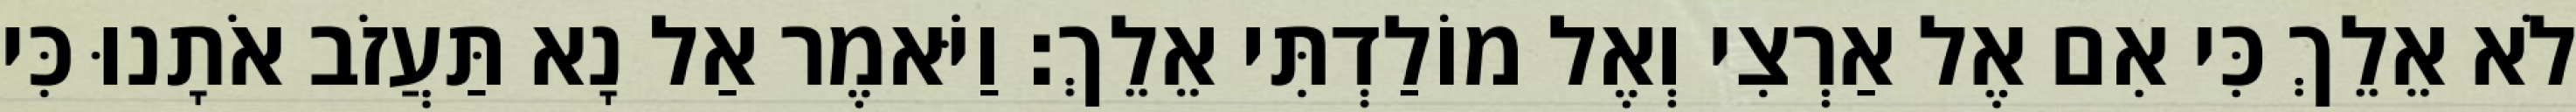
לֹא אֵלֵךְ כִּי אִם אֶל אַרְצִי וְאֶל מוֹלַדְתִּי אֵלֵךְ׃ וַיֹּאמֶר אַל נָא תַּעֲזֹב אֹתָנוּ כִּי